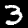
Label: 3